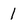
Character: 1